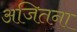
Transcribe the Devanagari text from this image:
अजितना